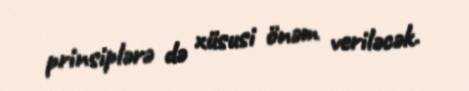
prinsiplərə də xüsusi önəm veriləcək.